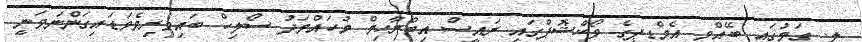
ލ. ގަމުގައި ބޭއްވި އެމްޑީޕީގެ ވޯކްޝޮޕްގައި ރައީސް އިބްރާހިމް މުހައްމަދު ސޯލިހް ބައިވެރިވެވަޑައިގަންނަވަނީ